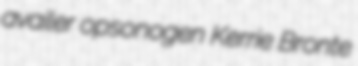
availer opsonogen Kerrie Bronte